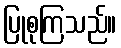
ပြုစုကြသည်။